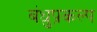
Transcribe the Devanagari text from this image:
बंधुप्रकल्प